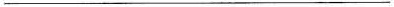
___